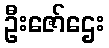
ဦးဇော်ဌေး